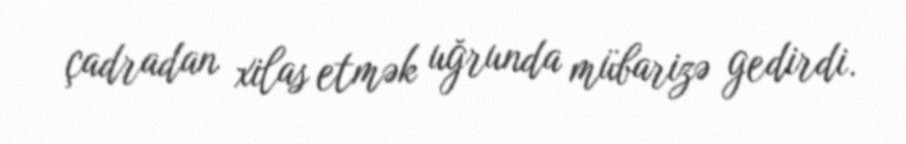
çadradan xilas etmək uğrunda mübarizə gedirdi.